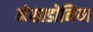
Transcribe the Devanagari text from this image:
मेसाडोनिया